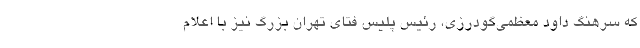
که سرهنگ داود معظمی‌گودرزی، رئیس پلیس فتای تهران بزرگ نیز با اعلام